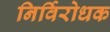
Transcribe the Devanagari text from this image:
निर्विरोधक